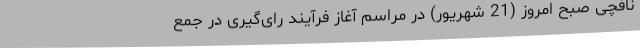
نافچی صبح امروز (21 شهریور) در مراسم آغاز فرآیند رای‌گیری در جمع